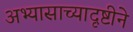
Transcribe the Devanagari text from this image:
अभ्यासाच्यादृष्टीने